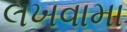
લખવામા